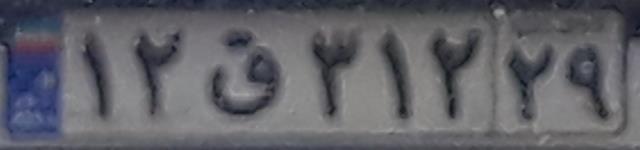
۱۲ق۳۱۲۲۹